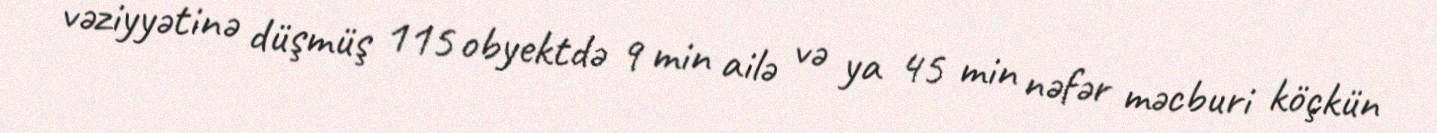
vəziyyətinə düşmüş 115 obyektdə 9 min ailə və ya 45 min nəfər məcburi köçkün